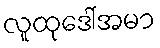
လူထုဒေါ်အမာ